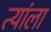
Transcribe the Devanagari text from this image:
त्यांला